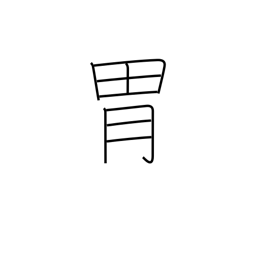
Meaning: paunch